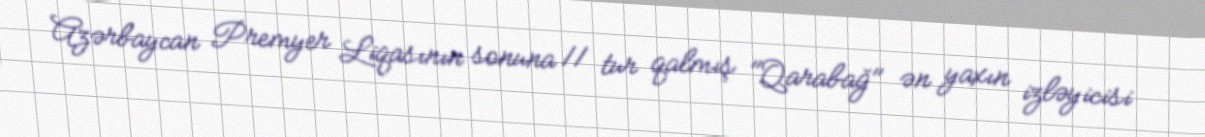
Azərbaycan Premyer Liqasının sonuna 11 tur qalmış "Qarabağ" ən yaxın izləyicisi